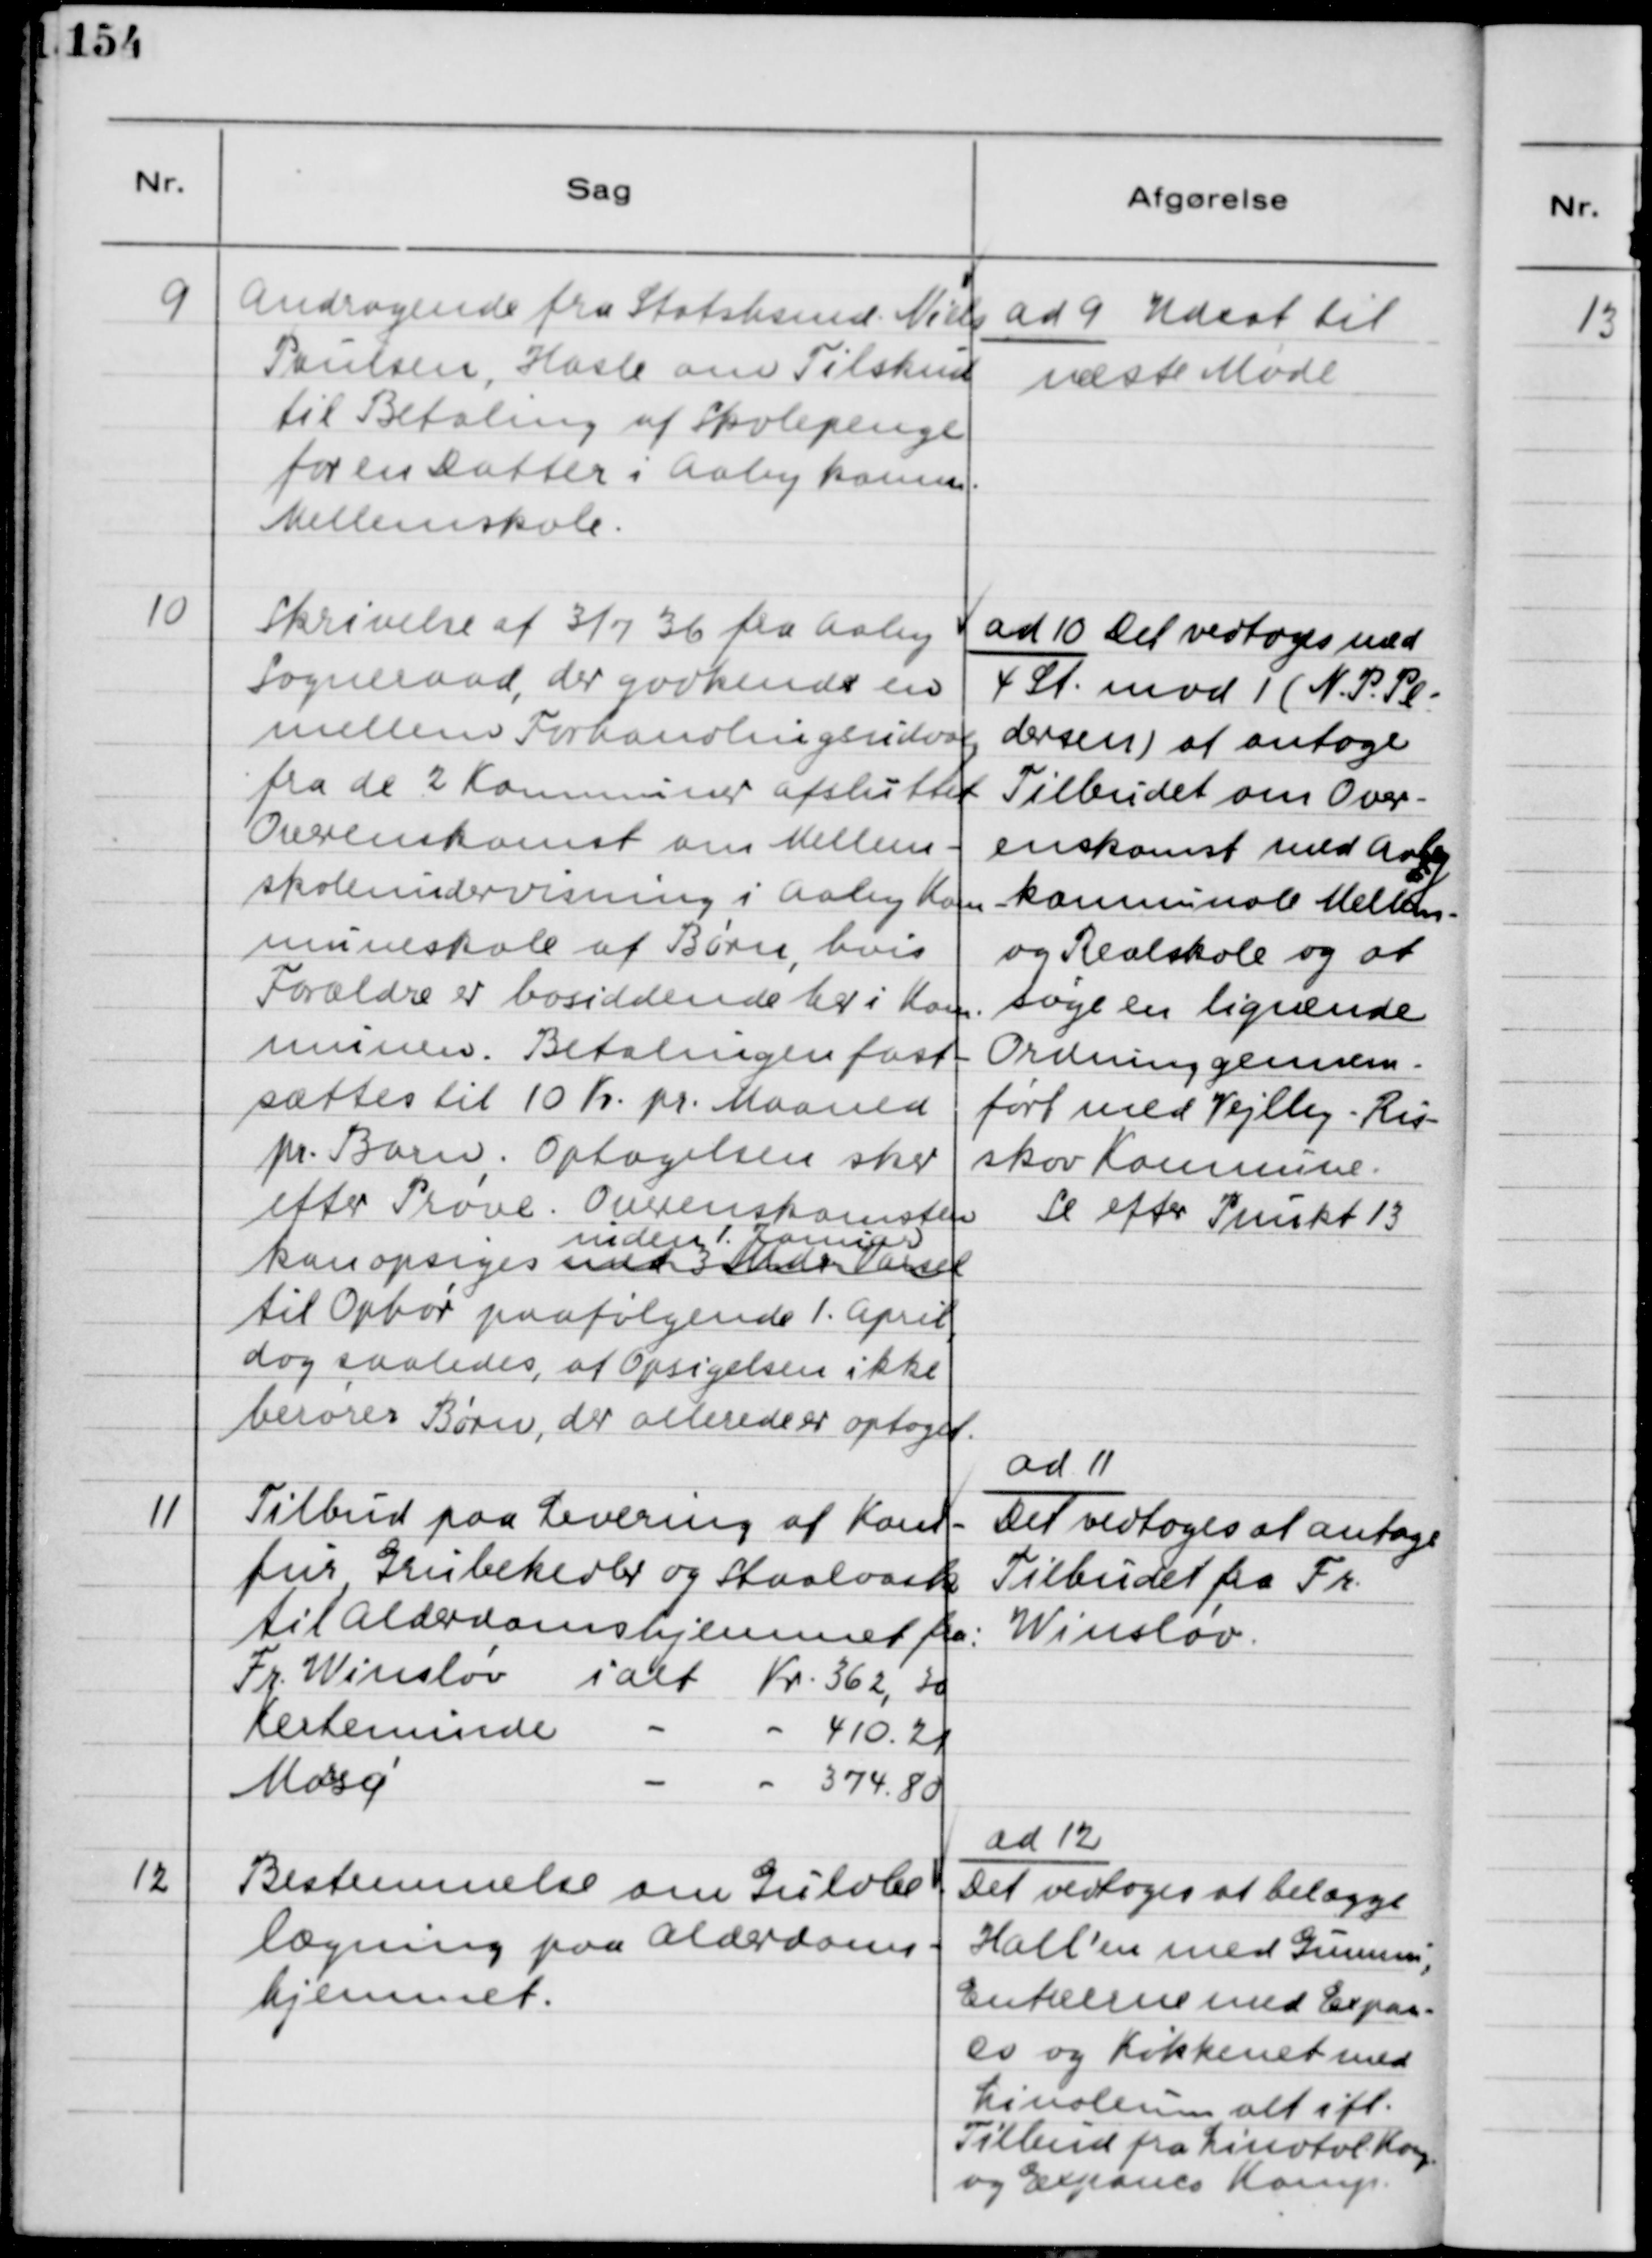
Transskription:
9
Andragende fra Statsbsmd. Niels
Paulsen, Hasle om Tilskud
til Betaling af Skolepenge
for en Datter i Aaby kommu.
Mellemskole.
ad 9 Udsat til
næste Møde
10
Skrivelse af 31/7 36 fra Aaby
Sogneraad, der godkendt en
mellem Forhandlingsudvalg
fra de 2 Kommuner afsluttet.
Overenskomst om Mellem-
skoleundervisning i Aaby Kom-
muneskole af Børn, hvis
Forældre er bosiddende her i Kom-
munen. Betalingen fast-
sættes til 10 Kr pr. Maaned
pr. Barn. Optagelsen sker
efter Prøve. Overenskomsten
kan opsiges
med 3 Mdr. Varsel
inden 1. Januar
til Ophør paafølgende 1. April,
dog saaledes, at Opsigelsen ikke
berører Børn, der allerede optaget.
ad 10 Det vedtoges med
4 St. mod 1 (N.P. Pe-
dersen) at antoge
Tilbudet om Over-
enskomst med Aaby
kommunale Mellem-
og Realskole og at 
søge en lignende
Ordning gennem-
ført med Vejlby-Ris-
skov Kommune.
Se efter Punkt 13
11
Tilbud paa Levering af Kom-
fur, Grubekedler og Staalvask
til Alderdomshjemmet fra:
Fr. Winsløv ialt Kr. 362,30
Kerteminde - - 410,21
Morsø - - 374,80
ad 11
Det vedtoges at antage
Tilbudet fra Fr.
Winsløv.
12
Bestemmelse om Gulvbe-
lægning paa Alderdoms-
hjemmet.
ad 12
Det vedtoges at belægge
Hall'en med Gummi,
Entreerne med Expan-
ce og Køkkenet med
Linoleum alt ifl.
Tilbud fra Linotol Komp.
og Expance Komp.